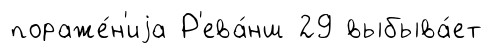
пораже́н'иjа Р'ева́нш 29 выбыва́ет